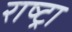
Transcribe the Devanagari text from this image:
राष्ट्रा